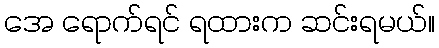
အေ ရောက်ရင် ရထားက ဆင်းရမယ်။